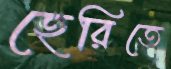
হেরিতে